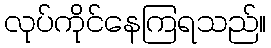
လုပ်ကိုင်နေကြရသည်။